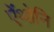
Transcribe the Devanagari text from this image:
ऐंथोनि